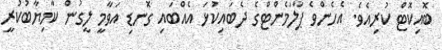
ބޮއިކޮޓް ކުރިއެވެ. އެހެންވެ ޕާލަމެންޓްގެ ދެބައިކުޅަ އެއްބައި ގޮނޑި އަވާމީ ލީގުން ކާމިޔާބުކުރީ